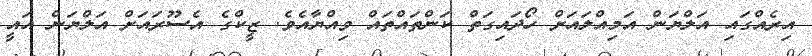
އިރެއްގައި އަލްޔަން އަމިއްލައަށް ހޯދައިގަތް ކަންތައްތައް ވިއްޔާއެވެ. ޒީކްގެ އެސޫރައަށް އަލްޔަން އައީ